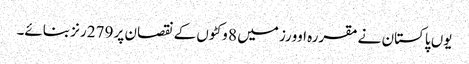
یوں پاکستان نے مقررہ اوورز میں 8 وکٹوں کے نقصان پر 279 رنز بنائے۔